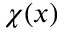
\chi ( x )